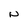
Character: N